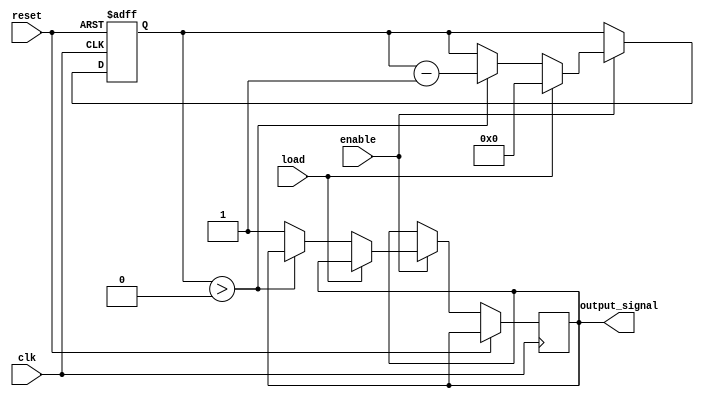
module Countdown_timer (
    input clk,
    input reset,
    input enable,
    input load,
    output reg output_signal
);

reg [7:0] counter;

always @(posedge clk or posedge reset) begin
    if (reset) begin
        counter <= 8'hFF; //preset value
    end else if (enable) begin
        if (load) begin
            counter <= 8'd0; //load value
        end else if (counter > 8'd0) begin
            counter <= counter - 8'd1; //decrement by one
        end else begin
            output_signal <= 1; //output signal when counter reaches zero
        end
    end
end

endmodule